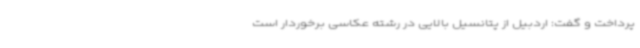
پرداخت و گفت: اردبیل از پتانسیل بالایی در رشته عکاسی برخوردار است